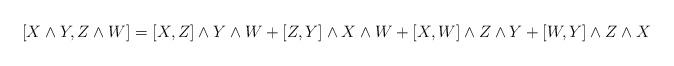
LaTeX: \begin{align*}[X\wedge Y, Z\wedge W]=[X,Z]\wedge Y\wedge W+ [Z,Y]\wedge X\wedge W+[X,W]\wedge Z\wedge Y+[W,Y]\wedge Z\wedge X\end{align*}